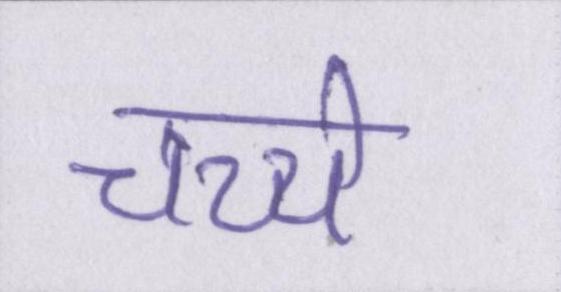
चच्चे